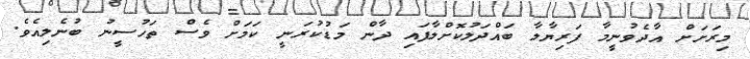
މިރަށަށް އާދެވުނީމާ ފަރިޔާލާ ބައްދަލުކޮށްލާފައި ދާން މަޑުކުރަނީ ކަމަށް ވެސް ތަހުސީނު ބުނެލިއެވެ.